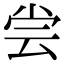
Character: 尝